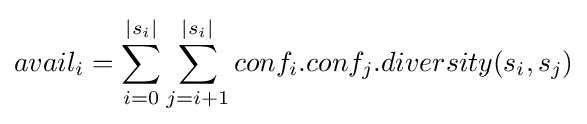
avail_{i}=\sum _{i=0}^{|s_{i}|}\sum _{j=i+1}^{|s_{i}|}conf_{i}.conf_{j}.diversity(s_{i},s_{j})